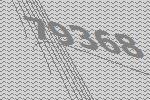
79368